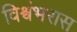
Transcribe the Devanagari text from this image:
विश्वंभरास